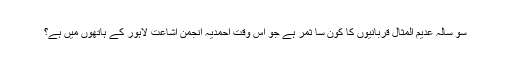
سو سالہ عدیم المثال قربانیوں کا کون سا ثمر ہے جو اس وقت احمدیہ انجمن اشاعت لاہور کے ہاتھوں میں ہے؟